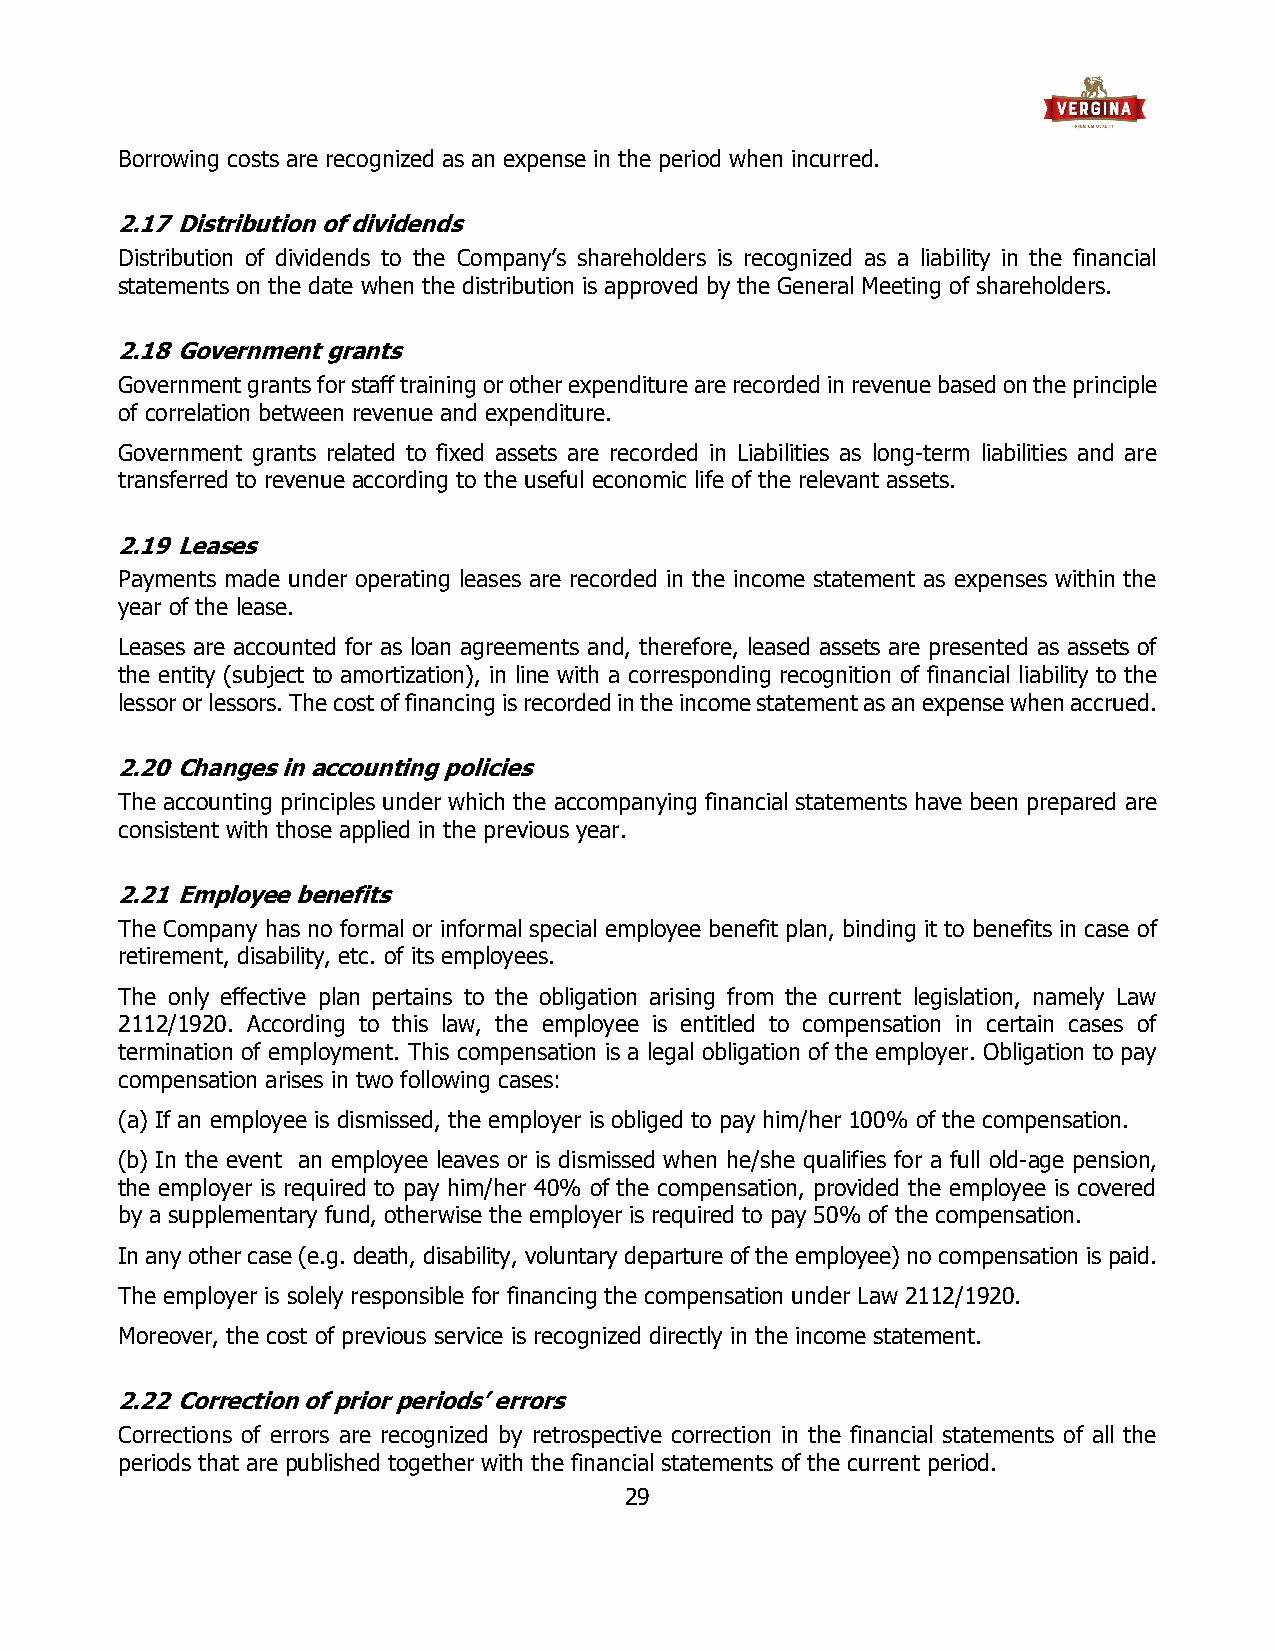
Borrowing costs are recognized as an expense in the period when incurred.
 2.17 Distribution of dividends
 Distribution of dividends to the Company’s shareholders is recognized as a liability in the financial
 statements on the date when the distribution is approved by the General Meeting of shareholders.
 2.18 Government grants
 Government grants for staff training or other expenditure are recorded in revenue based on the principle
 of correlation between revenue and expenditure.
 Government grants related to fixed assets are recorded in Liabilities as long-term liabilities and are
 transferred to revenue according to the useful economic life of the relevant assets.
 2.19 Leases
 Payments made under operating leases are recorded in the income statement as expenses within the
 year of the lease.
 Leases are accounted for as loan agreements and, therefore, leased assets are presented as assets of
 the entity (subject to amortization), in line with a corresponding recognition of financial liability to the
 lessor or lessors. The cost of financing is recorded in the income statement as an expense when accrued.
 2.20 Changes in accounting policies
 The accounting principles under which the accompanying financial statements have been prepared are
 consistent with those applied in the previous year.
 2.21 Employee benefits
 The Company has no formal or informal special employee benefit plan, binding it to benefits in case of
 retirement, disability, etc. of its employees.
 The only effective plan pertains to the obligation arising from the current legislation, namely Law
 2112/1920. According to this law, the employee is entitled to compensation in certain cases of
 termination of employment. This compensation is a legal obligation of the employer. Obligation to pay
 compensation arises in two following cases:
 (a) If an employee is dismissed, the employer is obliged to pay him/her 100% of the compensation.
 (b) In the event an employee leaves or is dismissed when he/she qualifies for a full old-age pension,
 the employer is required to pay him/her 40% of the compensation, provided the employee is covered
 by a supplementary fund, otherwise the employer is required to pay 50% of the compensation.
 In any other case (e.g. death, disability, voluntary departure of the employee) no compensation is paid.
 The employer is solely responsible for financing the compensation under Law 2112/1920.
 Moreover, the cost of previous service is recognized directly in the income statement.
 2.22 Correction of prior periods’ errors
 Corrections of errors are recognized by retrospective correction in the financial statements of all the
 periods that are published together with the financial statements of the current period.
 29